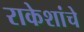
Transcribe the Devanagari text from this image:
राकेशांचे